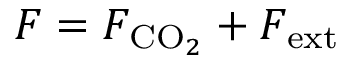
F = F _ { \mathrm { C O } _ { 2 } } + F _ { \mathrm { e x t } }